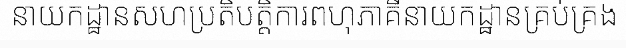
នាយកដ្ឋានសហប្រតិបត្តិការពហុភាគីនាយកដ្ឋានគ្រប់គ្រង